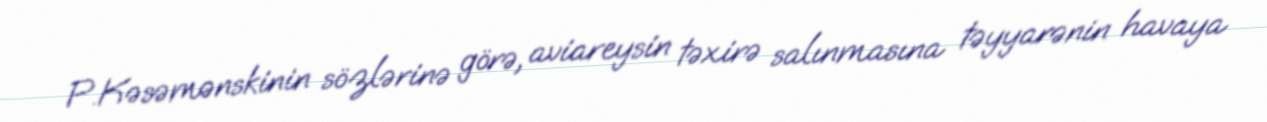
P.Kəsəmənskinin sözlərinə görə, aviareysin təxirə salınmasına təyyarənin havaya